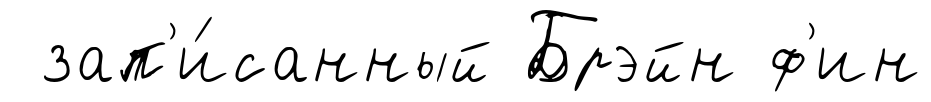
зап'и́санный Брэйн ф'ин